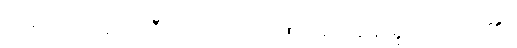
တရားဟု ယောဂီပုဂ္ဂိုလ်တို့ဉာဏ်အား ရှေးရှုထင်လာ၏။